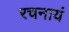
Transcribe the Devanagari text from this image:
रचनायं